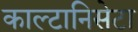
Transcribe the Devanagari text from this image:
काल्टानिसेटा